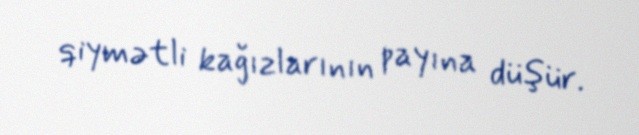
qiymətli kağızlarının payına düşür.